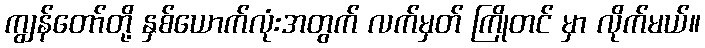
ကျွန်တော်တို့ နှစ်ယောက်လုံးအတွက် လက်မှတ် ကြိုတင် မှာ လိုက်မယ်။